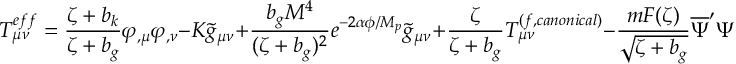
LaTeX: T _ { \mu \nu } ^ { e f f } = \frac { \zeta + b _ { k } } { \zeta + b _ { g } } \varphi _ { , \mu } \varphi _ { , \nu } - K \tilde { g } _ { \mu \nu } + \frac { b _ { g } M ^ { 4 } } { ( \zeta + b _ { g } ) ^ { 2 } } e ^ { - 2 \alpha \phi / M _ { p } } \tilde { g } _ { \mu \nu } + \frac { \zeta } { \zeta + b _ { g } } T _ { \mu \nu } ^ { ( f , c a n o n i c a l ) } - \frac { m F ( \zeta ) } { \sqrt { \zeta + b _ { g } } } \overline { { { \Psi } } } ^ { \prime } \Psi ^ { \prime } \tilde { g } _ { \mu \nu } ,